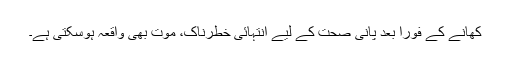
کھانے کے فوراً بعد پانی صحت کے لیے انتہائی خطرناک، موت بھی واقعہ ہوسکتی ہے۔